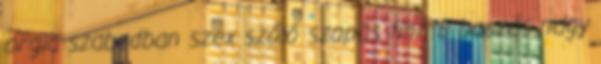
orgia szabadban szex szóló szopás tini 18 baszás nagy